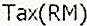
TAX(RM)